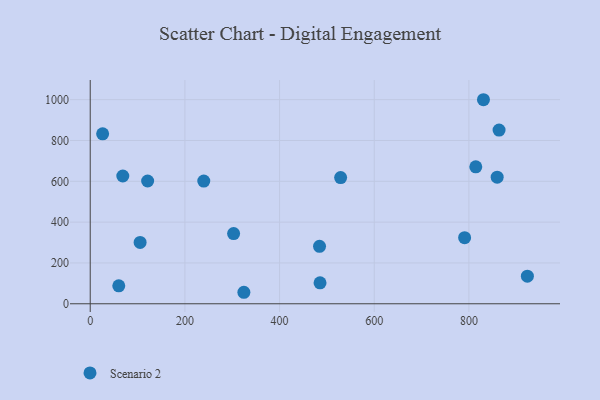
{"axis": {"x": "Speed", "y": "Demand"}, "legend": ["Scenario 2"], "data": [{"x": "239.9", "y": 601.1, "type": "Scenario 2"}, {"x": "26.2", "y": 832.4, "type": "Scenario 2"}, {"x": "790.9", "y": 323.6, "type": "Scenario 2"}, {"x": "830.7", "y": 999.7, "type": "Scenario 2"}, {"x": "324.6", "y": 56.3, "type": "Scenario 2"}, {"x": "814.5", "y": 670.7, "type": "Scenario 2"}, {"x": "485.5", "y": 102.8, "type": "Scenario 2"}, {"x": "68.8", "y": 626.1, "type": "Scenario 2"}, {"x": "105.4", "y": 300.7, "type": "Scenario 2"}, {"x": "121.3", "y": 601.5, "type": "Scenario 2"}, {"x": "859.7", "y": 620.1, "type": "Scenario 2"}, {"x": "484.4", "y": 281.3, "type": "Scenario 2"}, {"x": "302.9", "y": 343.8, "type": "Scenario 2"}, {"x": "60.3", "y": 88.1, "type": "Scenario 2"}, {"x": "923.5", "y": 135.0, "type": "Scenario 2"}, {"x": "863.7", "y": 851.1, "type": "Scenario 2"}, {"x": "529.0", "y": 618.4, "type": "Scenario 2"}]}